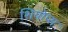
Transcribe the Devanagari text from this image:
शियोप्‍स